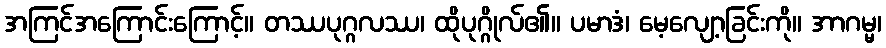
အကြင်အကြောင်းကြောင့်။ တဿပုဂ္ဂလဿ၊ ထိုပုဂ္ဂိုလ်၏။ ပမာဒံ၊ မေ့လျော့ခြင်းကို။ အာဂမ္မ၊